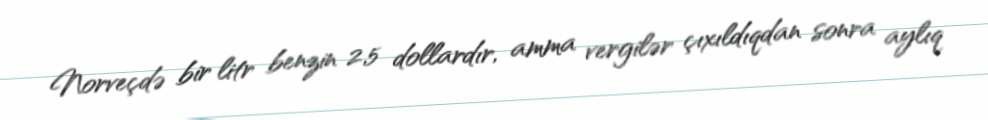
Norveçdə bir litr benzin 2,5 dollardır, amma vergilər çıxıldıqdan sonra aylıq